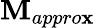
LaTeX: \mathbf{M}_{appro\mathbf{x}}